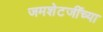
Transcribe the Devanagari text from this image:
जमशेटजींच्या